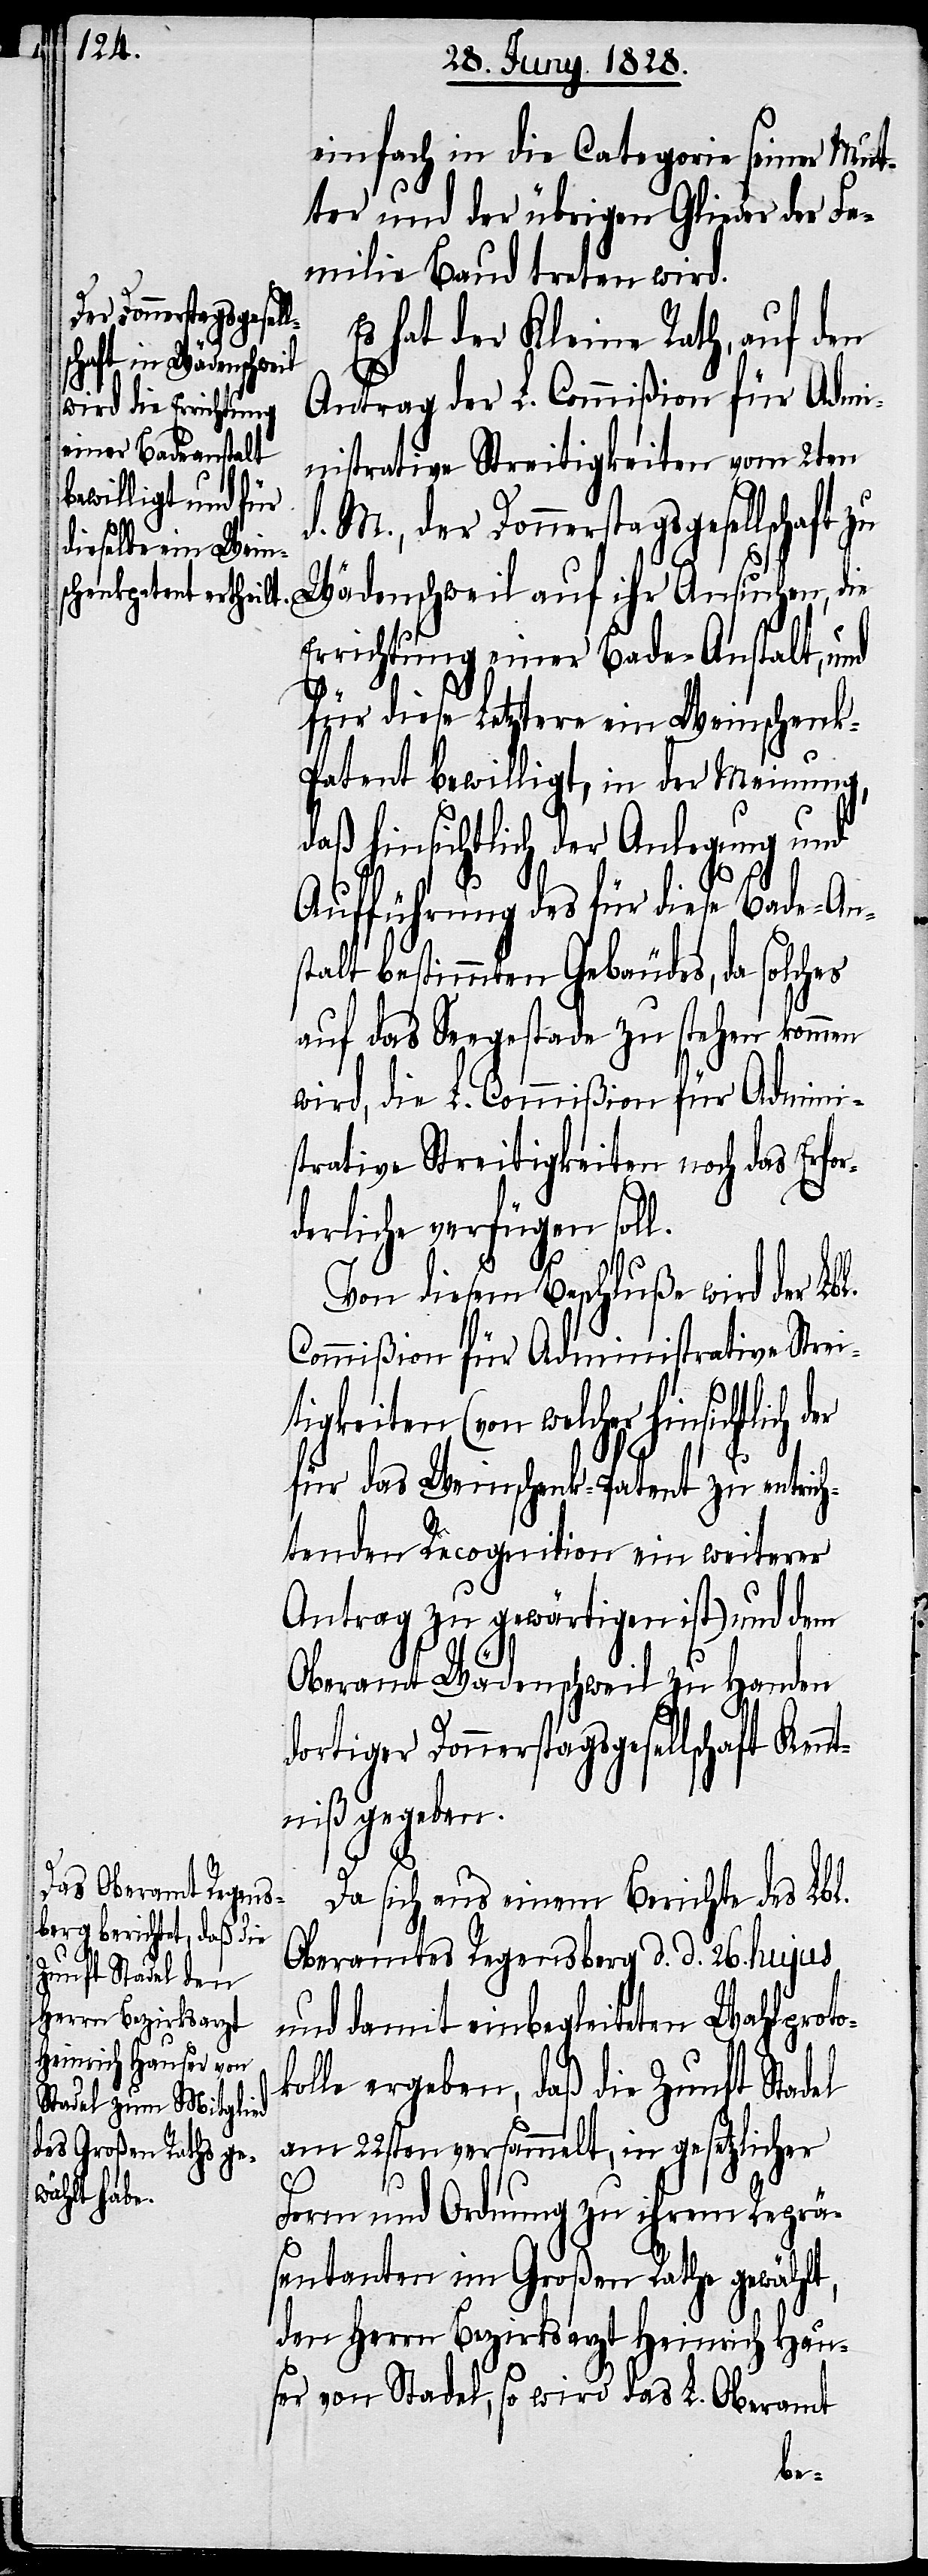
einfach in die Categorie seiner Mut¬
ter und der übrigen Glieder der Fa¬
milie Baud treten wird.
Es hat der Kleine Rath, auf den
chaft Kennt¬
Antrag der L. Commißion für Admi¬
nistrative Streitigkeiten vom 2ten
d. M., der Donnerstagsgesells¬
chaft zu Wädenschweil auf ihr Ansuchen, die
Errichtung einer Bade-Anstalt, und
für diese Letztere ein Weinschenk-P¬
atent bewilligt, in der Meinung,
daß hinsichtlich der Anlegung und
Aufführung des für diese Bade-An¬
stalt bestimmten Gebäudes, da solches
auf das Seegestade zu stehen kommen
wird, die L. Commißion für Admini¬
strative Streitigkeiten noch das Erfor¬
derliche verfügen soll.
Von diesem Beschluße wird der Lbl.
Commißion für Administrative Strei¬
tigkeiten (von welcher hinsichtl¬
für das Weinschenk-Patent zu entrich¬
tenden Recognition ein weiterer
Antrag zu gewärtigen ist) und dem
Oberamt Wädenschweil zu Handen
dortiger Donnerstagsgesells¬
niß gegeben.
Da sich aus einem Berichte des Lbl.
Oberamtes Regensberg d. d. 26. hujus
und damit einbegleiteten Wahlproto¬
kolle ergeben, daß die Zunft Stadel
am 22sten versammelt, in gesetzlicher
ich
Form und Ordnung zu ihrem Reprä¬
sentanten im Großen Rathe gewählt,
den Herrn Bezirksarzt Heinrich Hau¬
ser von Stadel, so wird das L. Oberamt